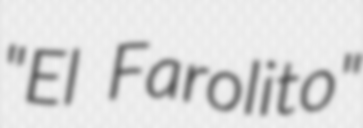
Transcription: "El Farolito"